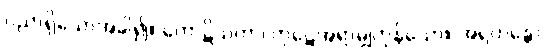
ပညာရှိသောအခါ၍။ ကောဋိသတာ၊ ကုဋေအရာမျှကုန်သော။ အရဟန္တော၊